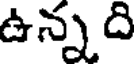
ఉన్న ది